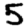
Digit: 5